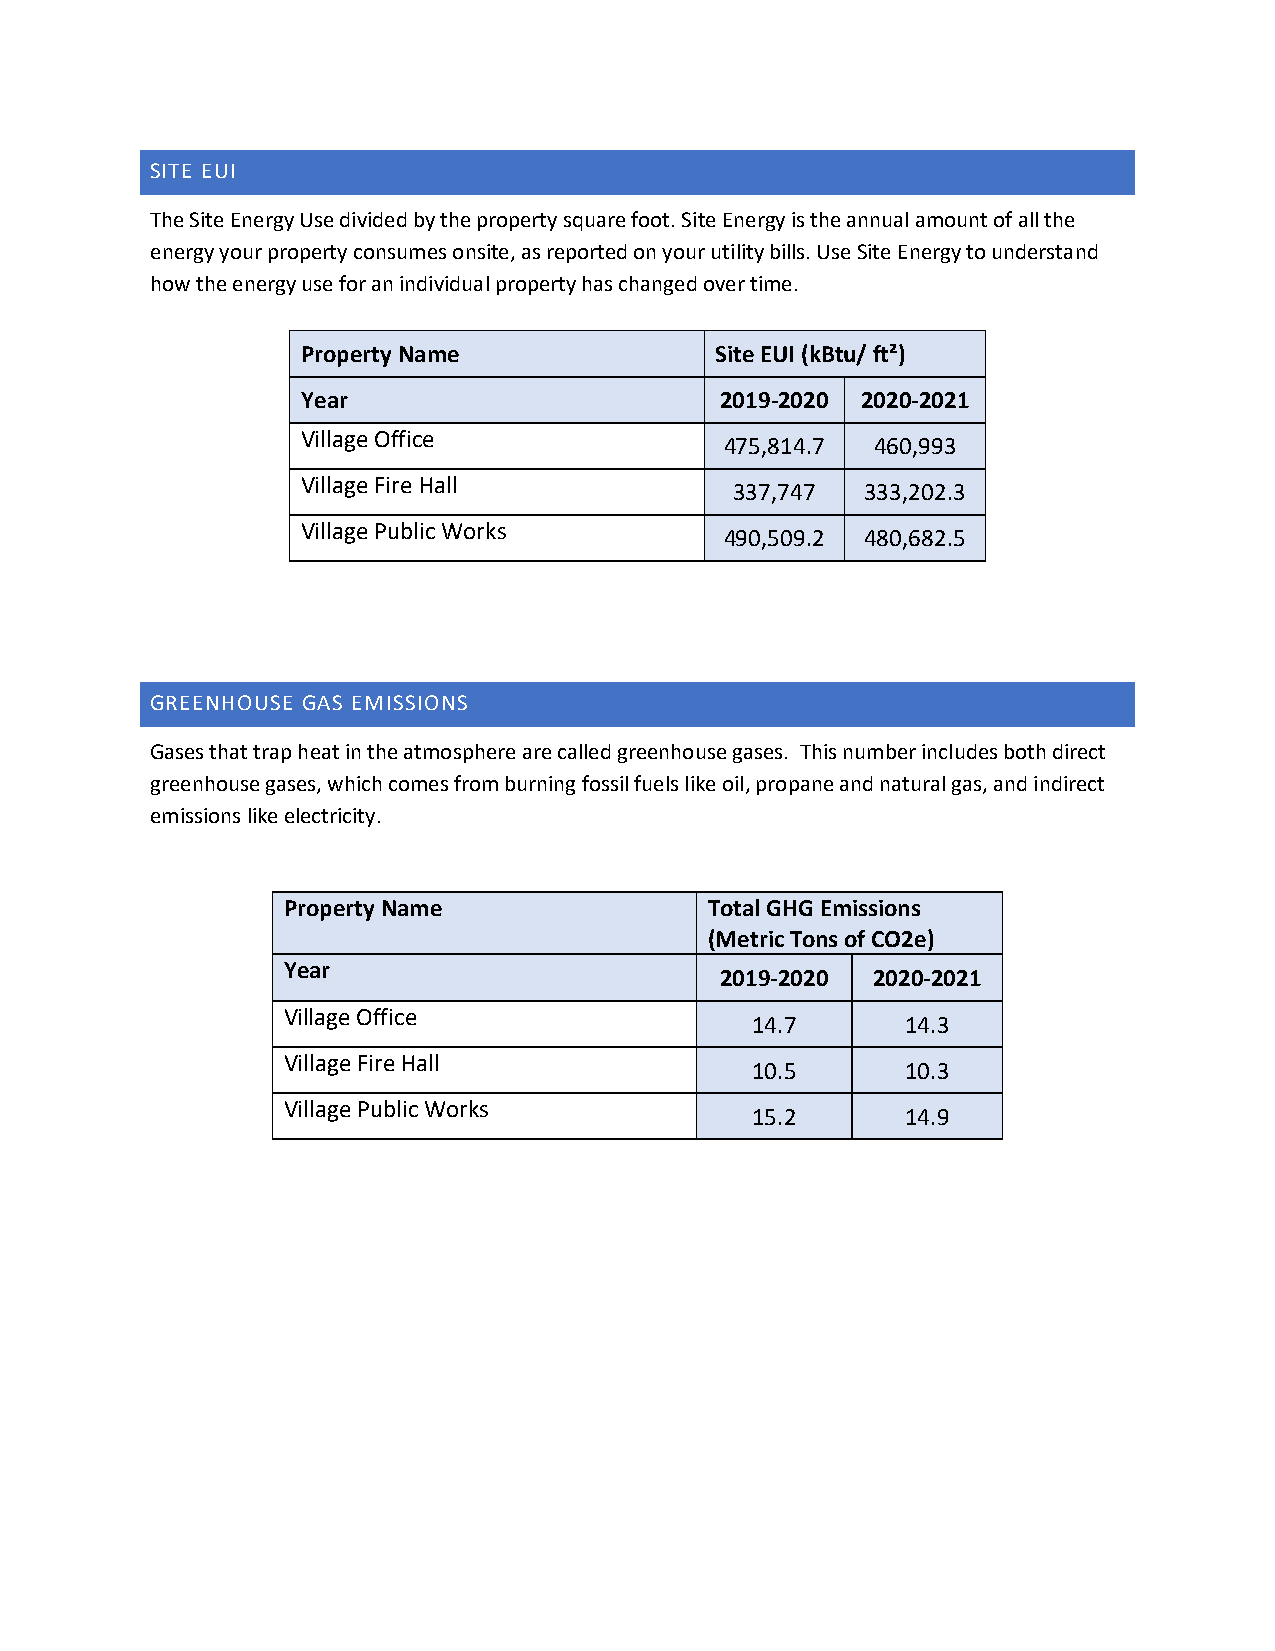
SITE EUI
 The Site Energy Use divided by the property square foot. Site Energy is the annual amount of all the
 energy your property consumes onsite, as reported on your utility bills. Use Site Energy to understand
 how the energy use for an individual property has changed over time.
 Property Name              Site EUI (kBtu/ ft²)
 Year                        2019-2020 2020-2021
 Village Office
 475,814.7 460,993
 Village Fire Hall
 337,747 333,202.3
 Village Public Works
 490,509.2 480,682.5
 GREENHOUSE GAS EMISSIONS
 Gases that trap heat in the atmosphere are called greenhouse gases. This number includes both direct
 greenhouse gases, which comes from burning fossil fuels like oil, propane and natural gas, and indirect
 emissions like electricity.
 Property Name               Total GHG Emissions
 (Metric Tons of CO2e)
 Year
 2019-2020 2020-2021
 Village Office
 14.7      14.3
 Village Fire Hall
 10.5      10.3
 Village Public Works
 15.2      14.9